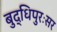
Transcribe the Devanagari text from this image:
बुद्धिपुरःसर